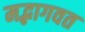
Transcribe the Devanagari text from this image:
मद्भागवत